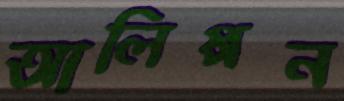
আলিপ্পন